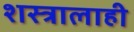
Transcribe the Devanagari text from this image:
शस्त्रालाही